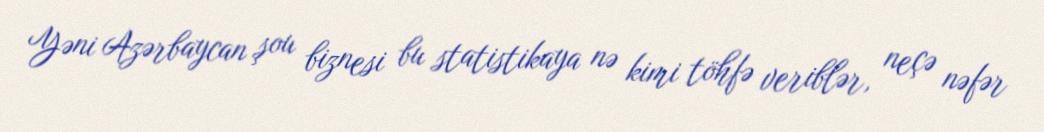
Yəni Azərbaycan şou biznesi bu statistikaya nə kimi töhfə veriblər, neçə nəfər